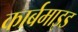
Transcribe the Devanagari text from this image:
कार्बमाइड